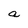
Character: a